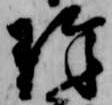
珠